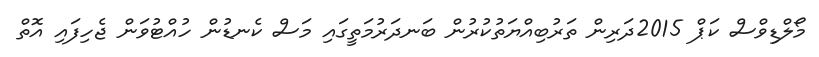
މޯލްޑިވްސް ކަޕް 2015ދަރިން ތަރުބިއްޔަތުކުރުން ބަނދަރުމަތީގައި މަސް ކެނޑުން ހުއްޓުވަން ޖެހިފައި އޮތް